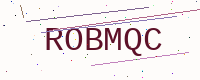
Text: ROBMQC